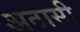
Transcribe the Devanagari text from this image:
अठासी